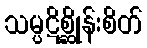
သမ္ပဋိစ္ဆိုန်းစိတ်